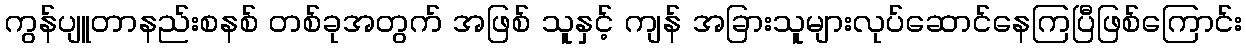
ကွန်ပျူတာနည်းစနစ် တစ်ခုအတွက် အဖြစ် သူနှင့် ကျန် အခြားသူများလုပ်ဆောင်နေကြပြီဖြစ်ကြောင်း